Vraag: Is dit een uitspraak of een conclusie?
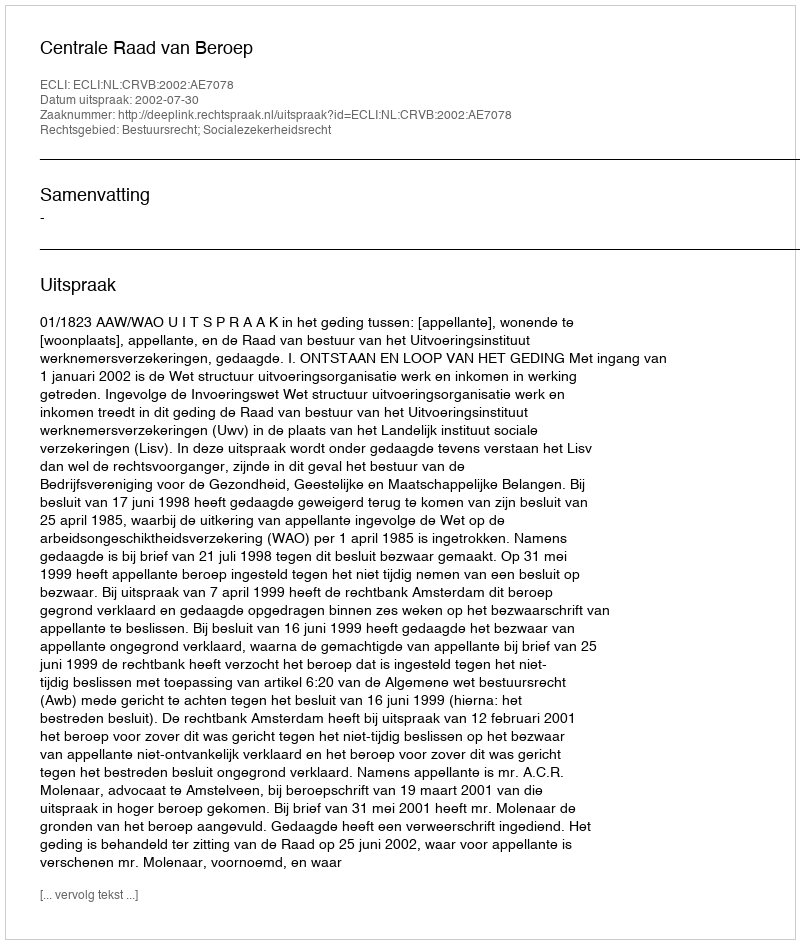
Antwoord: Uitspraak